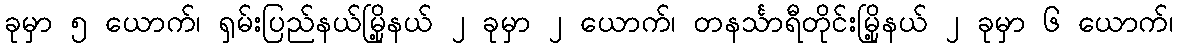
ခုမှာ ၅ ယောက်၊ ရှမ်းပြည်နယ်မြို့နယ် ၂ ခုမှာ ၂ ယောက်၊ တနင်္သာရီတိုင်းမြို့နယ် ၂ ခုမှာ ၆ ယောက်၊